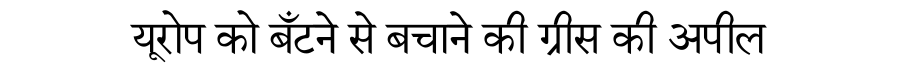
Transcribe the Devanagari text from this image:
यूरोप को बँटने से बचाने की ग्रीस की अपील